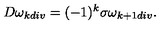
D \omega _ { k d i v } = ( - 1 ) ^ { k } \sigma \omega _ { k + 1 d i v } .